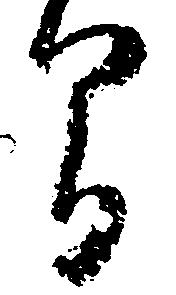
間